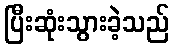
ပြီးဆုံးသွားခဲ့သည်